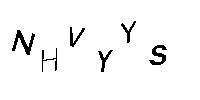
NHVYYS